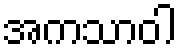
အကသာဝါ